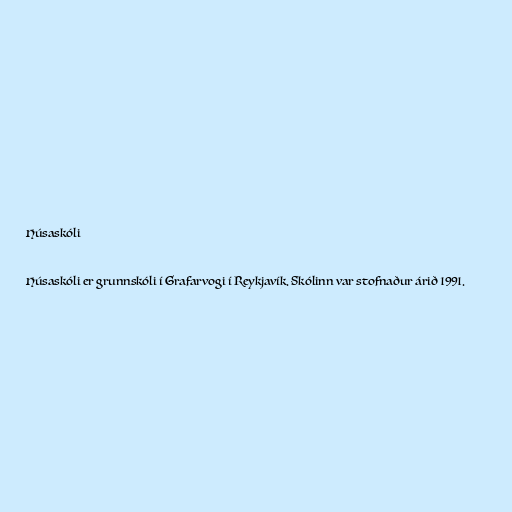
Húsaskóli

Húsaskóli er grunnskóli í Grafarvogi í Reykjavík. Skólinn var stofnaður árið 1991.